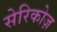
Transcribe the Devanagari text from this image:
सेरिकोज़